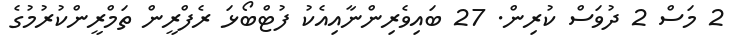
2 މަސް 2 ދުވަސް ކުރިން. 27 ބައިވެރިންނާއިއެކު ފުޓްބޯޅަ ރެފްރީން ތަމްރީންކުރުމުގެ